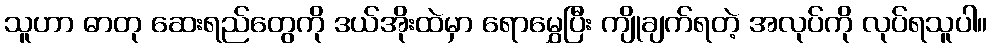
သူဟာ ဓာတု ဆေးရည်တွေကို ဒယ်အိုးထဲမှာ ရောမွှေပြီး ကျိုချက်ရတဲ့ အလုပ်ကို လုပ်ရသူပါ။